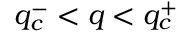
q _ { c } ^ { - } < q < q _ { c } ^ { + }